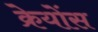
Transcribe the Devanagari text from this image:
क्रेयोंस